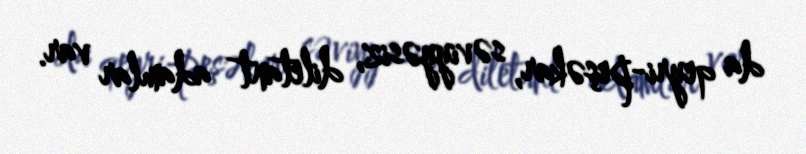
da qeyri-peşəkar, səviyyəsiz, diletant adamlar var.